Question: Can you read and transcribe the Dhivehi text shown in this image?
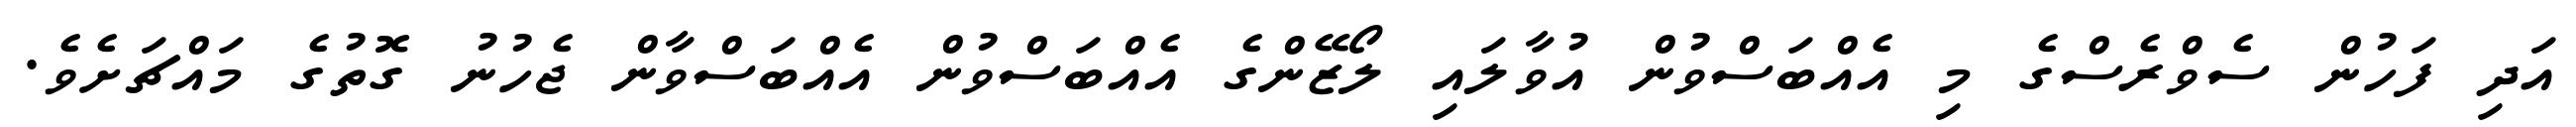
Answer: އަދި ފަހުން ސެވްރެސްގެ މި އެއްބަސްވުން އުވާލައި ލޯޒޭންގެ އެއްބަސްވުން އެއްބަސްވާން ޖެހުނު ގޮތުގެ މައްޗަށެވެ.